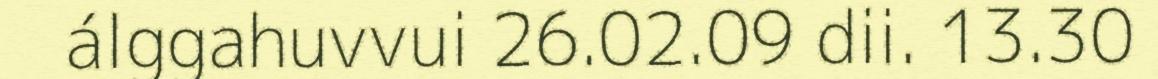
álggahuvvui 26.02.09 dii. 13.30